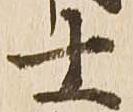
士